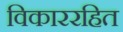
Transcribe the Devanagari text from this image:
विकाररहित